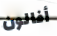
أفالون